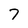
Character: 7